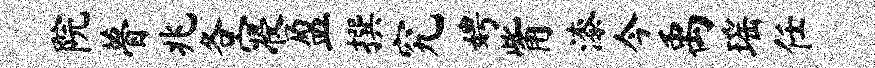
院瞢兆各寝盈撰究娉觜漆今禹瑶任